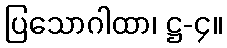
ပြသောဂါထာ၊ ဋ္ဌ-၄။